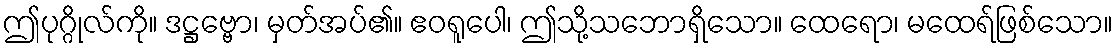
ဤပုဂ္ဂိုလ်ကို။ ဒဋ္ဌဗ္ဗော၊ မှတ်အပ်၏။ ဧဝရူပေါ၊ ဤသို့သဘောရှိသော။ ထေရော၊ မထေရ်ဖြစ်သော။